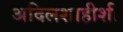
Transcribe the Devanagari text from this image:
अदिलशाहीशी